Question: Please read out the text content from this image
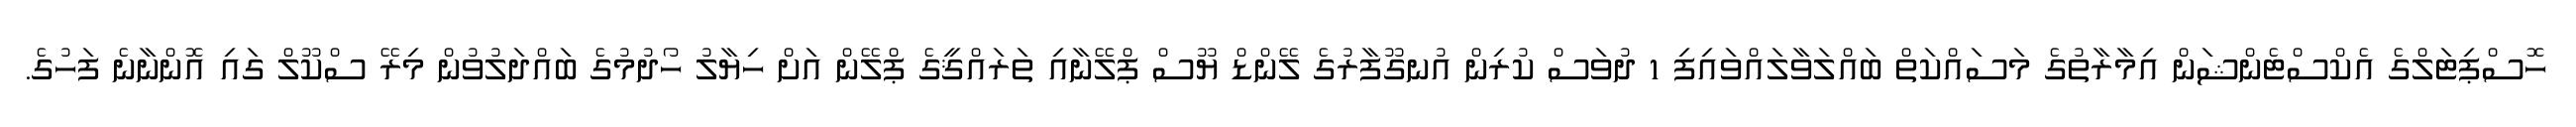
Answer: ހޮސްޕިޓަލްގެ އެކްސްޓެންޝަން އިމާރާތުގެ މަސައްކަތް ބައްލަވާލައްވައިފި 1 ދުވަސް ކުރިން އުނގޫފާރުގެ ލޭންޑް ޔޫސް ޕްލޭނާއި ތަރައްޤީގެ ޕްލޭން އަށް ހިޔާލު ހޯދުމުގެ ބައްދަލުވުން މިރޭ ސްކޫލް ގައި އޮންނާނެ ފަހުގެ.